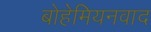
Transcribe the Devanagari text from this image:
बोहेमियनवाद